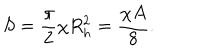
S = { \frac { \pi } { 2 } } \chi R _ { h } ^ { 2 } = { \frac { \chi A } { 8 } } .